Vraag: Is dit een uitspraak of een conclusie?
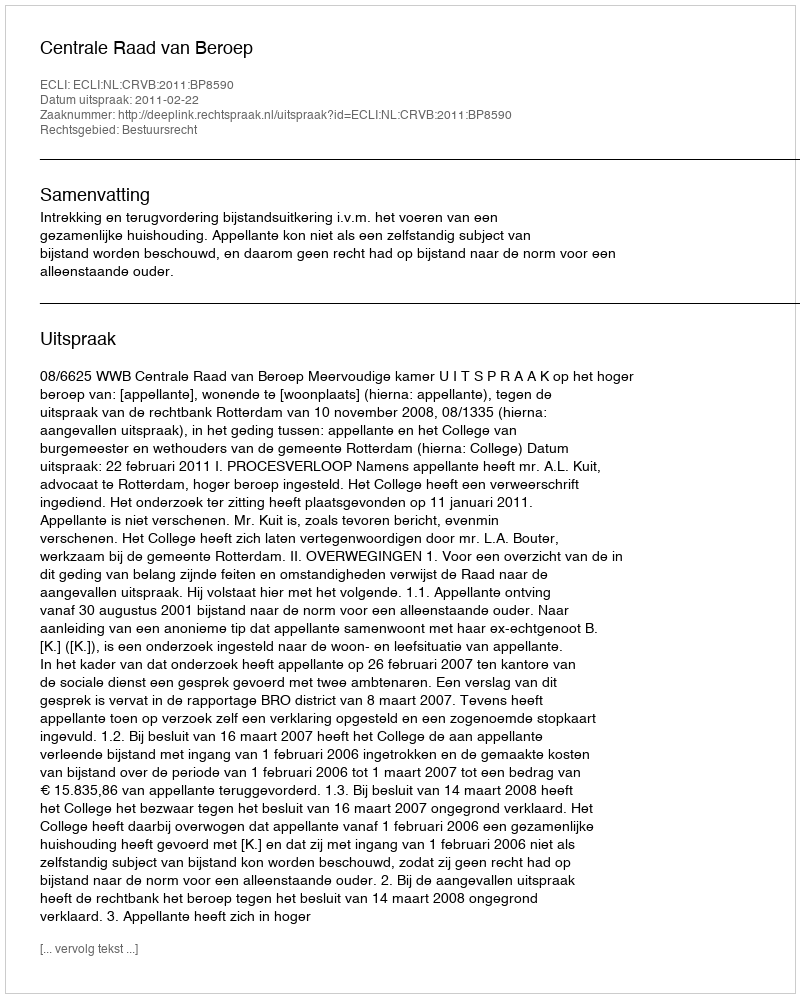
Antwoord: Uitspraak